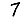
Digit: 7